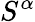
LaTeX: S^{\alpha}